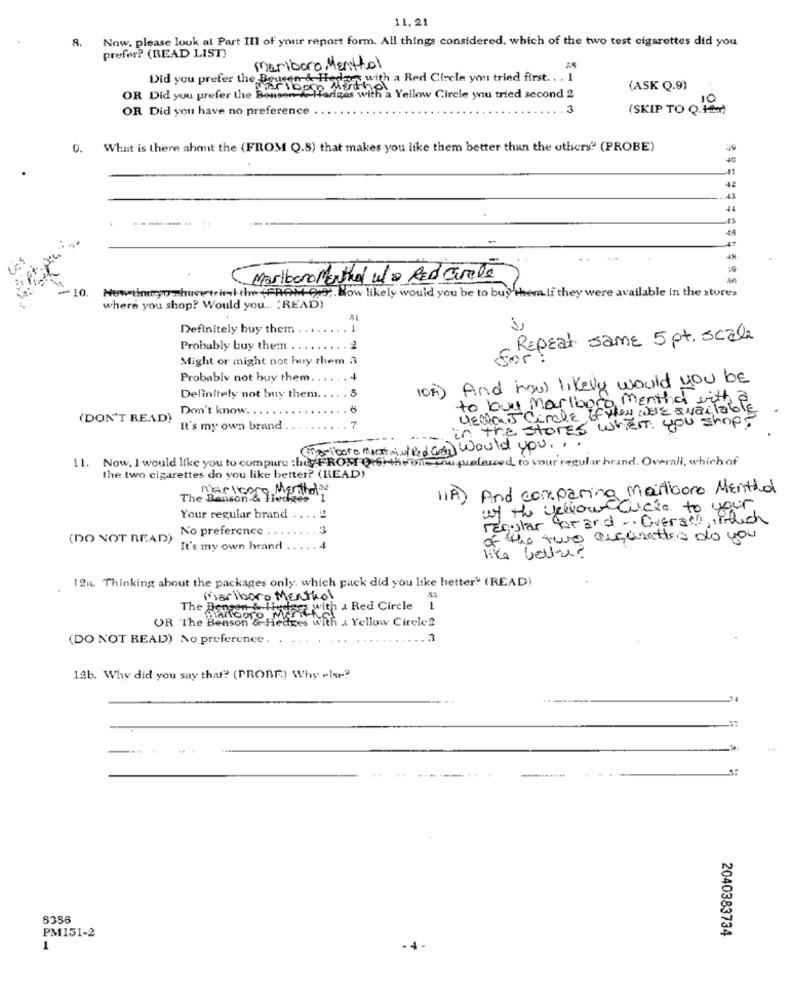
11.21
8. Now. please look at Part III of your report form. All things considered, which of the two test cigarettes did you
prefer? (READ LIST)
mariboro, Menthol
Did you prefer the Benson & Hedens with a Red Circle you tried first ... I
Marlboro Menthol
(ASK Q.9)
OR Did you prefer the Bonsen-A
farges with a Yellow Circle you tried second 2
10
OR Did you have no preference
3
(SKIP TO Q. tea)
0.
What is there ahont the (FROM Q.8) that makes you like them better than the others? (PROBE)
42
43
.pra
4%
Sipt:
MarlboroMenthol W/a Red Circle
+10.
Nowtheyo-show trink the (FROM 039 ;. Bow likely would you be to buy them.ti they were available in the stores
where you shop? Would you ... (READ)
Definitely buy them
...
1
Repeat same 5 pt. scale
Probably buy them ..
2
Might or might not huy them 3
Probably not buy them.
And how likely would you be
10h
Definitely not buy them .....
. 5
to buy Marlboro, mentha with
Don't know.
How WE available
(DON'T READ)
in the stores when you shop!
5 Cimbe If
It's my own brand
. 7
(marlboro theart of Red arre Would you. ..
11. Now, I would like you to compure :hey FROM Q16 the one you prefered to your regular brand. Overall, which of
the two cigarettes do you like better? (READ)
Marlboro Menthol ??
11A) And comparing Marlboro Menthol
The Benson & Hledzes
of the yellowciclo to your
Your regular brand
.. 2
regular Gerard .. Overath,Pitch
No preference
3
(DO NOT READ)
of the two Reçurettes do you
It's my own hrand
like better?
FEL8
12n. Thinking about the packages only, which pack did you like better" (READ)
Marlboro Menthol
The Bergen
Biancoro wie with a Red Circle
OR The Benson & Hedges with a Yellow Circle?
(DO NOT READ) No preference. . .
.. 3
12b. Why did you say that? (PROBE) Why else?
ST
8356
PM151-2
2040383734
1